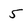
Character: 5